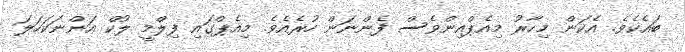
ބައެކެެވެ. އެކަން މިހާރު މިއެޕްއިންވެސް ފެންނަން ހުރެއެވެ. މިއެޕްގައި ފިލްމީ ލުކް އަންނަކަހަލަ